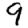
Digit: 9